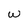
Character: w